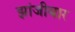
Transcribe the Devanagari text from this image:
झांजीबार